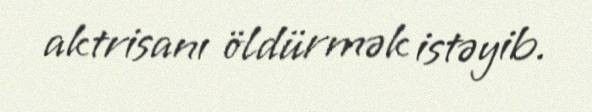
aktrisanı öldürmək istəyib.